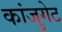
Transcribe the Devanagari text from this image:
कांजुगेट